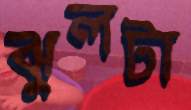
ঝুলটা